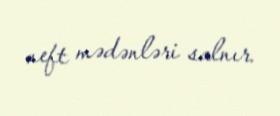
neft mədənləri salnır.